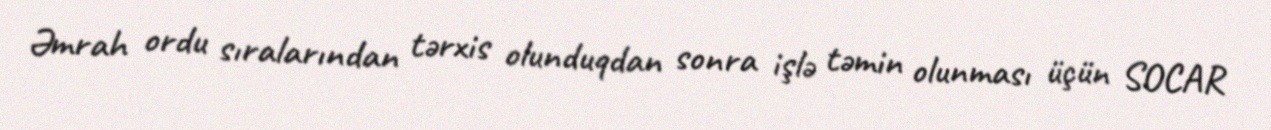
Əmrah ordu sıralarından tərxis olunduqdan sonra işlə təmin olunması üçün SOCAR